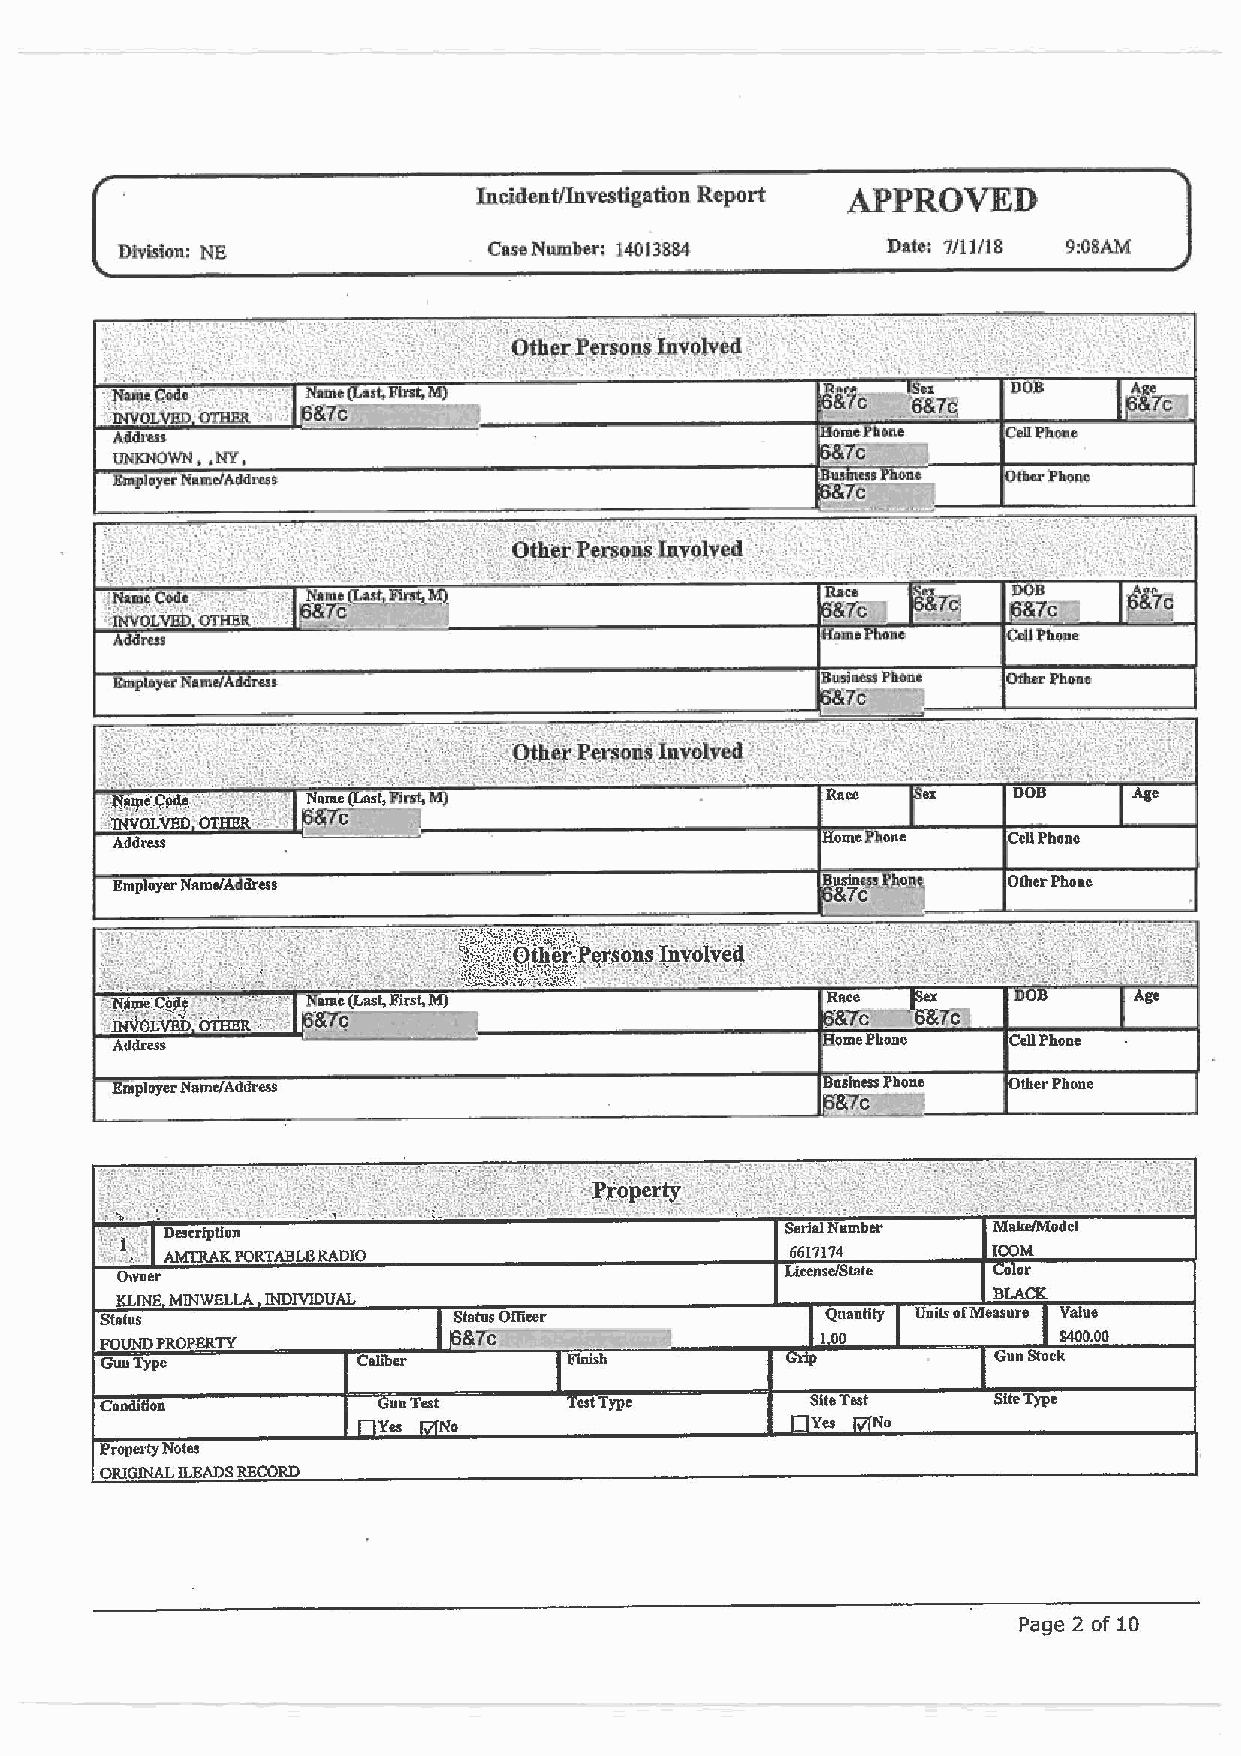
,                                                                       ..
 Incl.dent/Investigation. Report APPROVED
 Division: NE            Case NWD~: 14013884        Date-. 7/1J/18 9:08AM
 1stFmt.M)
 Cell Phone
 Emp oyer N11me/A dress                                      Other Phone
 CellPhone ·
 Employer Name/Address                                       Other Phone
 SerlalNumber  MakdModel
 6617174       ICOM
 Owner                                       Lieense/State Color
 KLJNE MINWELLA INDIVIDUAL
 Stalus                 Status Officer                          Value
 BiTc                                   $400.00
 FOUND PROPERTY
 Guu Type         Caliber      Finish
 Condition          unTest     Test Type        SiteTe$t    Site Type
 No                           No
 Propei-ty Notes
 ORJGJNAL !LEADS RECORD
 Page 2 of 10